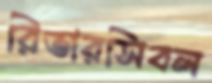
রিভারসিবল